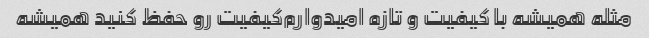
مثله‌ همیشه با کیفیت و تازه امیدوارم‌کیفیت رو حفظ کنید همیشه